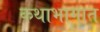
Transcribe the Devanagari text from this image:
कथाभागात